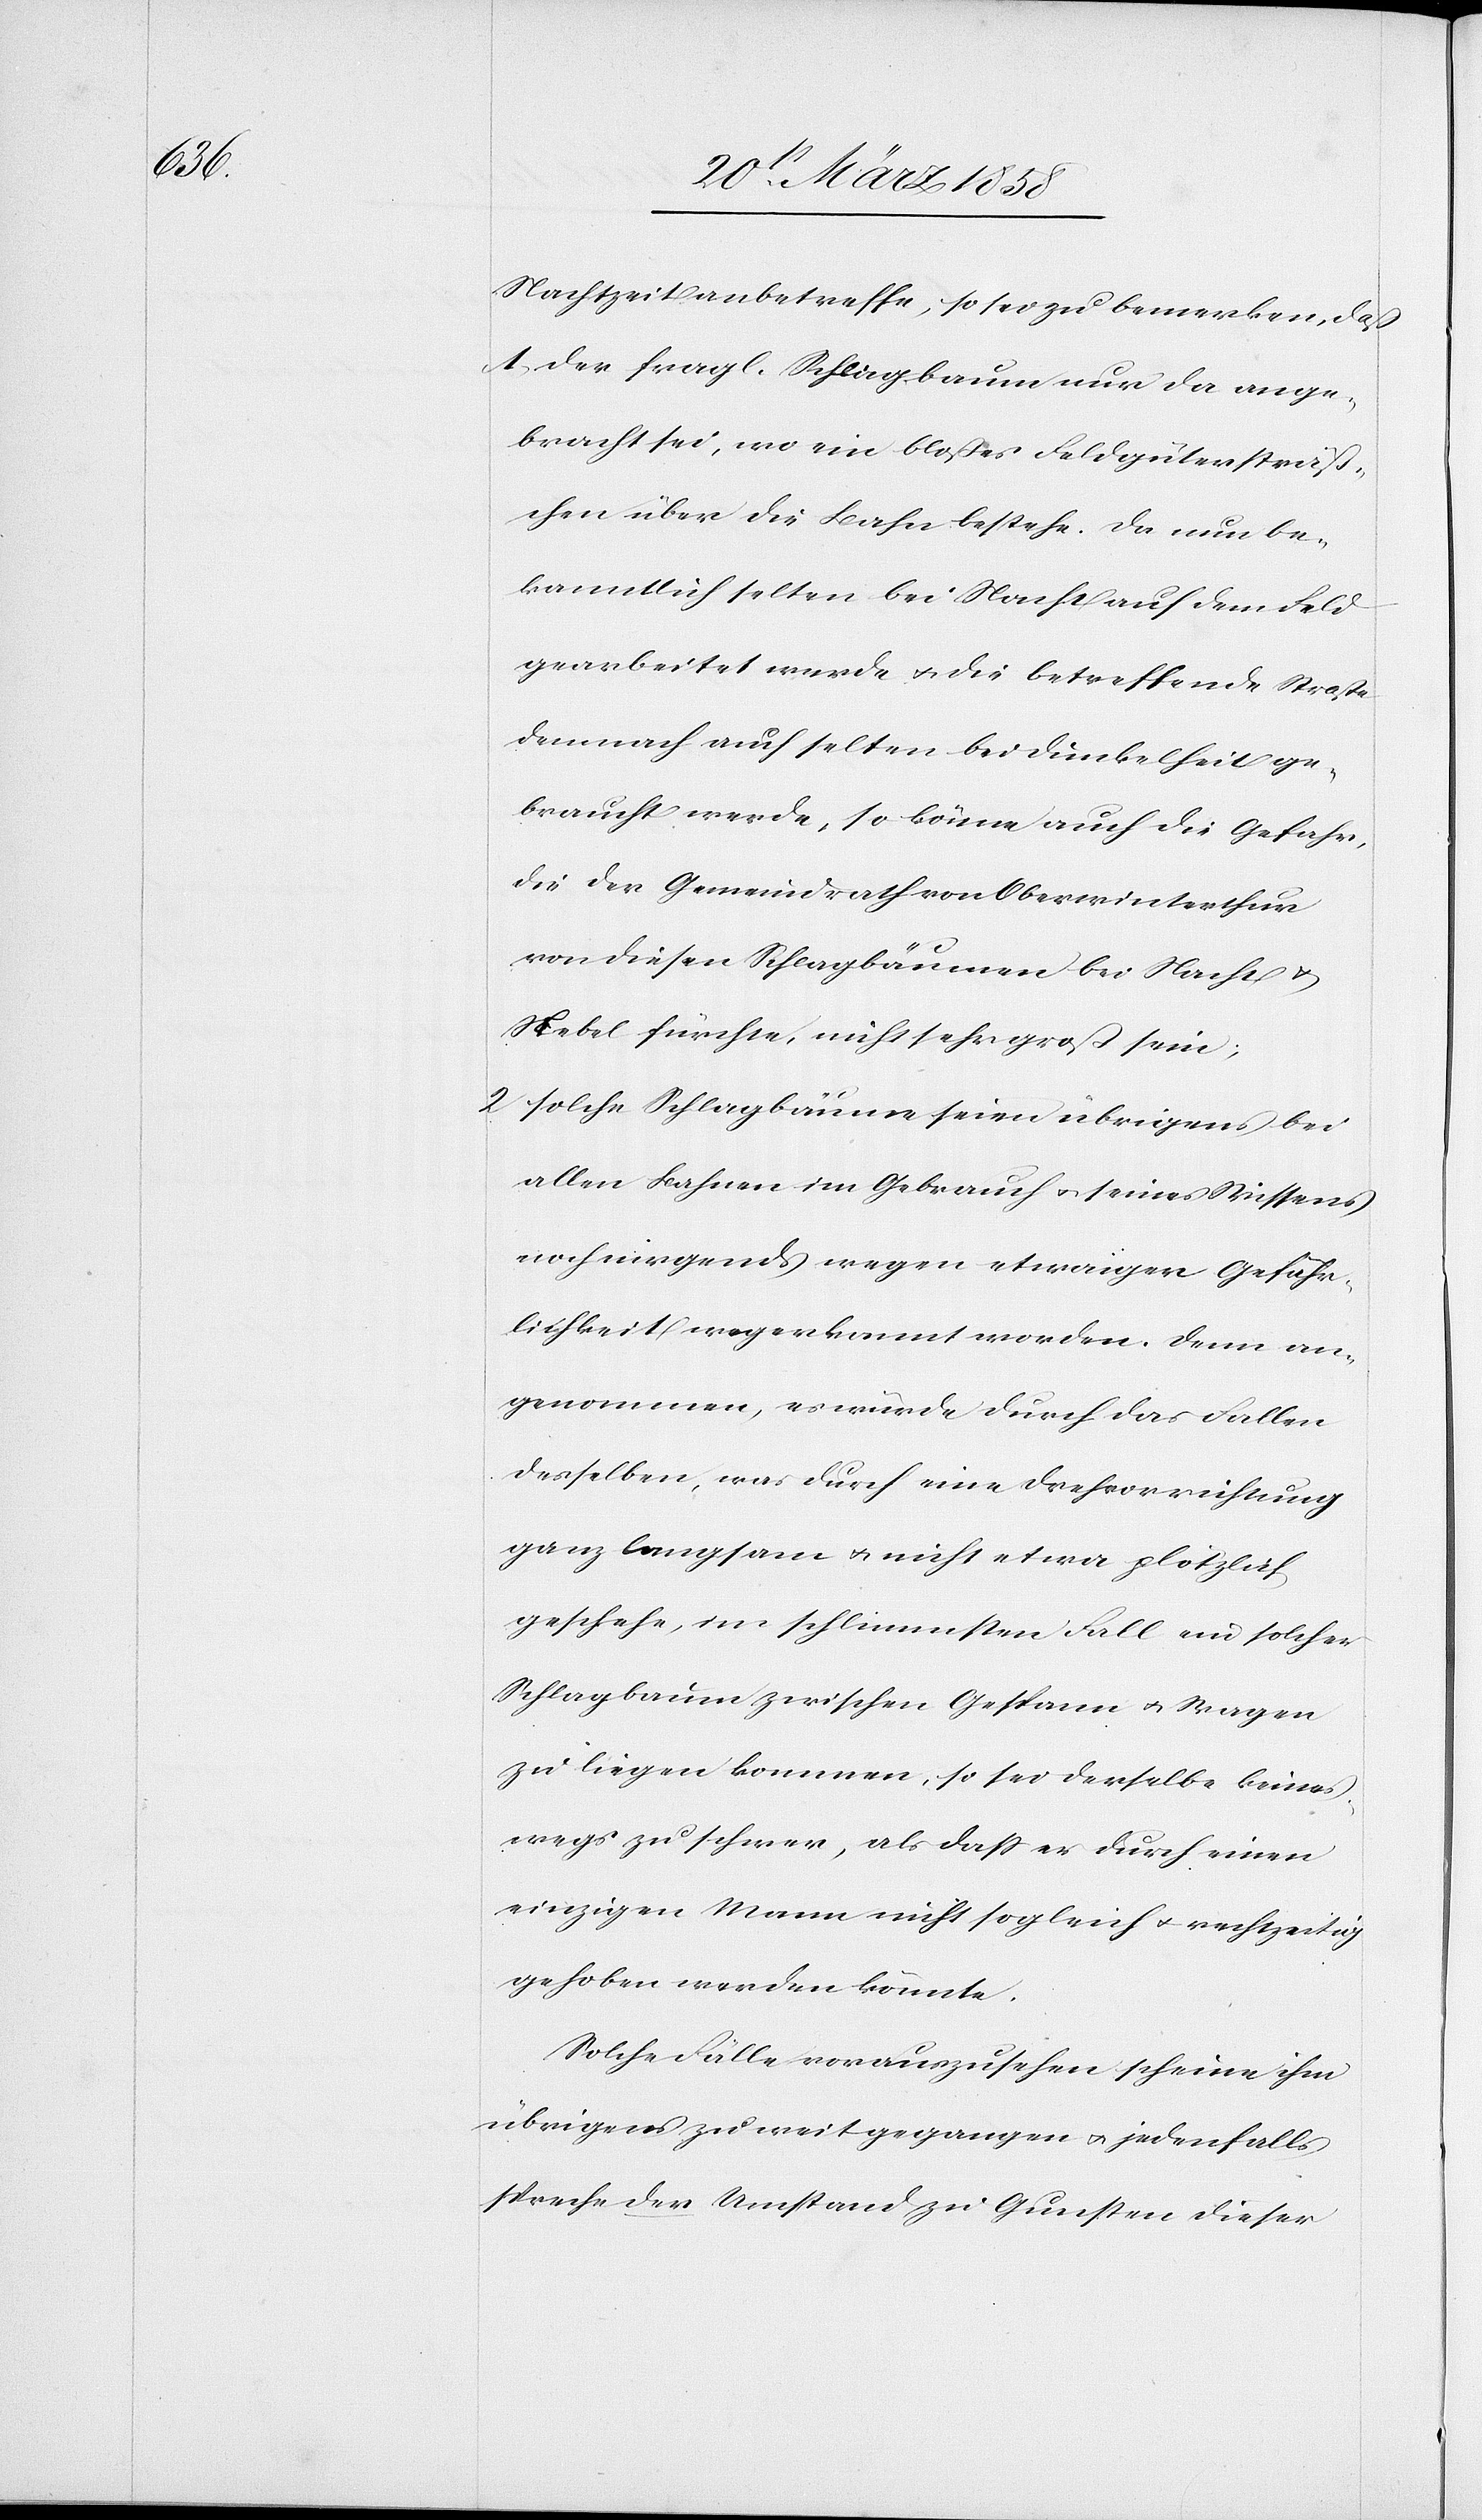
Nachtzeit anbetreffe, so sei zu bemerken, daß
1) der fragl. Schlagbaum nur da ange¬
bracht sei, wo ein bloßes Feldgütersträß¬
chen über die Bahn bestehe. Da nun be¬
kanntlich selten bei Nacht auf dem Feld
gearbeitet werde u. die betreffende Straße
demnach auch selten bei Dunkelheit ge¬
braucht werde, so könne auch die Gefahr,
die der Gemeindrath von Oberwinterthur
von diesen Schlagbäumen bei Nacht u.
Nebel fürchte, nicht sehr groß sein;
2) solche Schlagbäume seien übrigens bei
allen Bahnen im Gebrauch u. seines Wissens
noch nirgends wegen etwaiger Gefähr¬
lichkeit wegerkannt worden. Denn an¬
genommen, es würde durch das Fallen
desselben, was durch eine Drehvorrichtung
ganz langsam u. nicht etwa plötzlich
geschehe, im schlimmsten Fall ein solcher
Schlagbaum zwischen Gespann u. Wagen
zu liegen kommen, so sei derselbe keines¬
wegs zu schwer, als daß er durch einen
einzigen Mann nicht sogleich u. rechtzeitig
gehoben werden könnte.
Solche Fälle vorauszusehen scheine ihm
übrigen zu weit gegangen u. jedenfalls
spreche der Umstand zu Gunsten dieser